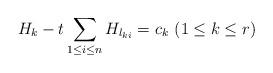
LaTeX: \begin{align*}H_k - t \sum_{1\leq i\leq n} H_{l_{ki}} = c_k\ (1\leq k\leq r)\end{align*}